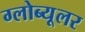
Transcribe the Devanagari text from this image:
ग्लोब्यूलर